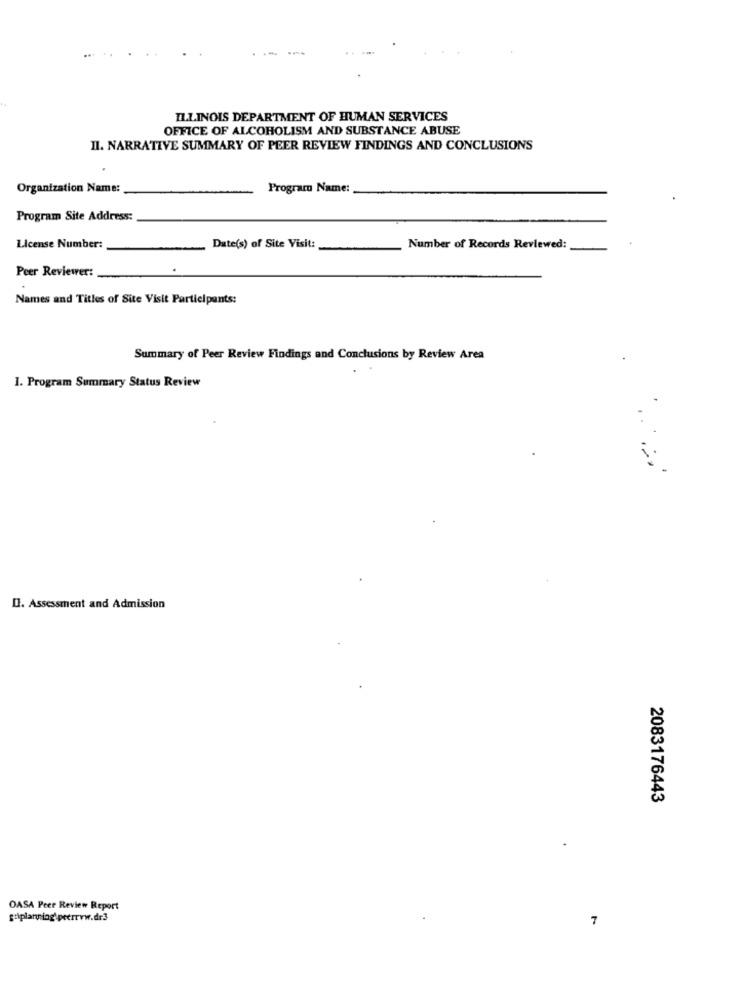
ILLINOIS DEPARTMENT OF HUMAN SERVICES
OFFICE OF ALCOHOLISM AND SUBSTANCE ABUSE
II. NARRATIVE SUMMARY OF PEER REVIEW FINDINGS AND CONCLUSIONS
Organization Name:
Program Name:
Program Site Address:
License Number:
Date(s) of Site Visit:
Number of Records Reviewed:
Peer Reviewer:
Names and Titles of Site Visit Participants:
Summary of Peer Review Findings and Conclusions by Review Area
1. Program Summary Status Review
Il. Assessment and Admission
2083176443
OASA Peer Review Report
guiplanning peerrww.dr3
7